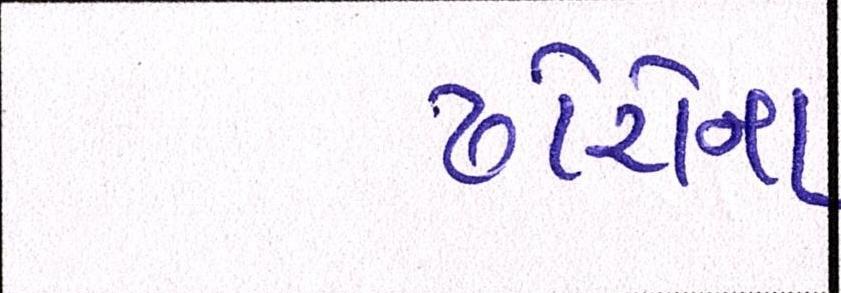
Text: ઢોરોના